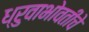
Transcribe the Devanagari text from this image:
ध्रुवाभोवतीचे